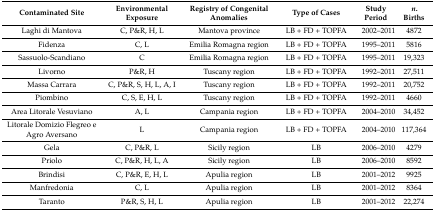
<table><thead><tr><td><b>Contaminated Site</b></td><td><b>Environmental Exposure</b></td><td><b>Registry of Congenital Anomalies</b></td><td><b>Type of Cases</b></td><td><b>Study Period</b></td><td><b><i>n</i>. Births</b></td></tr></thead><tbody><tr><td>Laghi di Mantova</td><td>C, P&amp;R, H, L</td><td>Mantova province</td><td>LB + FD + TOPFA</td><td>2002–2011</td><td>4872</td></tr><tr><td>Fidenza</td><td>C, L</td><td>Emilia Romagna region</td><td>LB + FD + TOPFA</td><td>1995–2011</td><td>5816</td></tr><tr><td>Sassuolo-Scandiano</td><td>C</td><td>Emilia Romagna region</td><td>LB + FD + TOPFA</td><td>1995–2011</td><td>19,323</td></tr><tr><td>Livorno</td><td>P&amp;R, H</td><td>Tuscany region</td><td>LB + FD + TOPFA</td><td>1992–2011</td><td>27,511</td></tr><tr><td>Massa Carrara</td><td>C, P&amp;R, S, H, L, A, I</td><td>Tuscany region</td><td>LB + FD + TOPFA</td><td>1992–2011</td><td>20,752</td></tr><tr><td>Piombino</td><td>C, S, E, H, L</td><td>Tuscany region</td><td>LB + FD + TOPFA</td><td>1992–2011</td><td>4660</td></tr><tr><td>Area Litorale Vesuviano</td><td>A, L</td><td>Campania region</td><td>LB + FD + TOPFA</td><td>2004–2010</td><td>34,452</td></tr><tr><td>Litorale Domizio Flegreo e Agro Aversano</td><td>L</td><td>Campania region</td><td>LB + FD + TOPFA</td><td>2004–2010</td><td>117,364</td></tr><tr><td>Gela</td><td>C, P&amp;R, L</td><td>Sicily region</td><td>LB</td><td>2006–2010</td><td>4279</td></tr><tr><td>Priolo</td><td>C, P&amp;R, H, L, A</td><td>Sicily region</td><td>LB</td><td>2006–2010</td><td>8592</td></tr><tr><td>Brindisi</td><td>C, P&amp;R, E, H, L</td><td>Apulia region</td><td>LB</td><td>2001–2012</td><td>9925</td></tr><tr><td>Manfredonia</td><td>C, L</td><td>Apulia region</td><td>LB</td><td>2001–2012</td><td>8364</td></tr><tr><td>Taranto</td><td>P&amp;R, S, H, L</td><td>Apulia region</td><td>LB</td><td>2001–2012</td><td>22,274</td></tr></tbody></table>